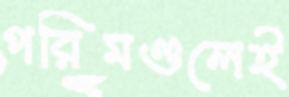
পরিমণ্ডলেই